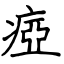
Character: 瘂